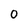
Character: 0